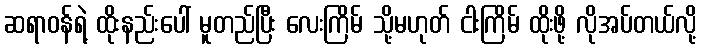
ဆရာဝန်ရဲ့ ထိုးနည်းပေါ် မူတည်ပြီး လေးကြိမ် သို့မဟုတ် ငါးကြိမ် ထိုးဖို့ လိုအပ်တယ်လို့